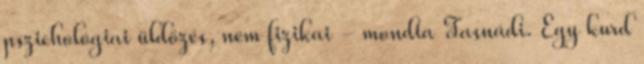
pszichológiai üldözés, nem fizikai - mondta Tasnádi. Egy kurd